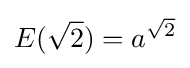
E({\sqrt {2}})=a^{\sqrt {2}}